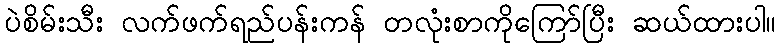
ပဲစိမ်းသီး လက်ဖက်ရည်ပန်းကန် တလုံးစာကိုကြော်ပြီး ဆယ်ထားပါ။